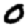
Digit: 0